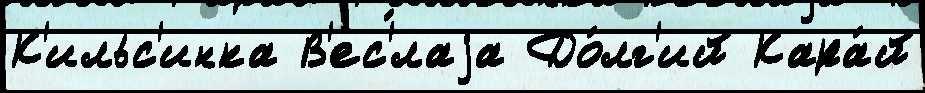
К'ильс'инка В'ес'́лаjа До́лг'ий Кара́й